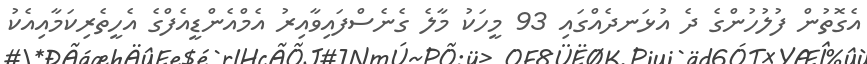
އެގޮތުން ފުލުހުންގެ ދެ އުޅަނދެއްގައި 93 މީހަކު މާލެ ގެނެސްފައިވާއިރު އެމްއެންޑީއެފްގެ އެހީތެރިކަމާއިއެކު